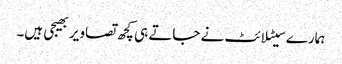
ہمارے سیٹلائٹ نے جاتے ہی کچھ تصاویر بھیجی ہیں۔